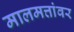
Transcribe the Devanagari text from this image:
मालमत्तांवर